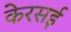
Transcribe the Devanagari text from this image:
केरसई